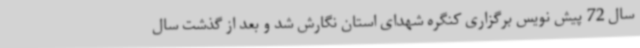
سال 72 پیش نویس برگزاری کنگره شهدای استان نگارش شد و بعد از گذشت سال